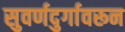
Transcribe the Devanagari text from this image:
सुवर्णदुर्गावरून